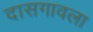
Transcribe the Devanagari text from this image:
दासगावला